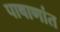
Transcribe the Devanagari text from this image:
पाषाणांत